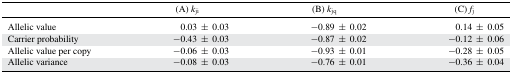
<table><thead><tr><td>[EMPTY_CELL]</td><td><b>(A) <i>k</i><sub>ji</sub></b></td><td><b>(B) <i>k</i><sub>jq</sub></b></td><td><b>(C) <i>f</i><sub>j</sub></b></td></tr></thead><tbody><tr><td>Allelic value</td><td>0.03 ± 0.03</td><td>−0.89 ± 0.02</td><td>0.14 ± 0.05</td></tr><tr><td>Carrier probability</td><td>−0.43 ± 0.03</td><td>−0.87 ± 0.02</td><td>−0.12 ± 0.06</td></tr><tr><td>Allelic value per copy</td><td>−0.06 ± 0.03</td><td>−0.93 ± 0.01</td><td>−0.28 ± 0.05</td></tr><tr><td>Allelic variance</td><td>−0.08 ± 0.03</td><td>−0.76 ± 0.01</td><td>−0.36 ± 0.04</td></tr></tbody></table>